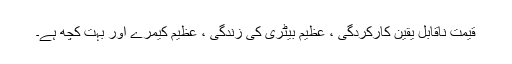
قیمت ناقابل یقین کارکردگی ، عظیم بیٹری کی زندگی ، عظیم کیمرے اور بہت کچھ ہے۔